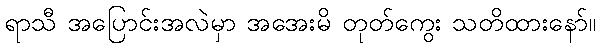
ရာသီ အပြောင်းအလဲမှာ အအေးမိ တုတ်ကွေး သတိထားနော်။